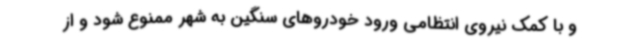
و با کمک نیروی انتظامی ورود خودروهای سنگین به شهر ممنوع شود و از